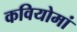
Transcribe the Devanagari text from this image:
कवियोमां